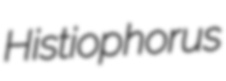
Histiophorus